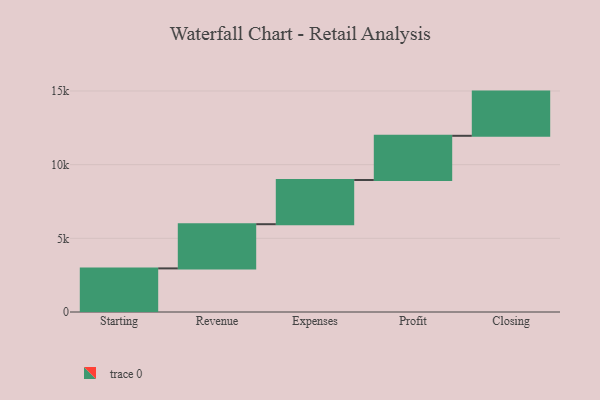
{"axis": {"x": "Step", "y": "Value"}, "legend": [""], "data": [{"x": "Starting", "y": 2959.0, "type": ""}, {"x": "Revenue", "y": 3000, "type": ""}, {"x": "Expenses", "y": 3000, "type": ""}, {"x": "Profit", "y": 3000, "type": ""}, {"x": "Closing", "y": 3000, "type": ""}]}